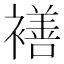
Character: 𮖯